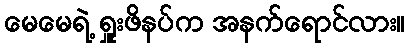
မေမေရဲ့ ရှူးဖိနပ်က အနက်ရောင်လား။